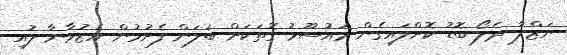
ނަޒްލާ ދެލޯ ބޮޑު ކޮށްލައިގެން މައުސޫމު ގޮތަކަށް ބަލަން ފެށުމުން އެޒުވާނާ ލުއި